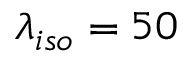
\lambda _ { i s o } = 5 0